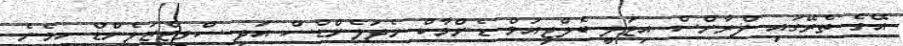
އޭގެ ތެރޭގައި ފްރާންސް އިޓަލީ ބެލްޖިއަމް ޑެންމާކް ނެދަލެންޑްސް އަދި ސްވިޓްޒަލެންޑް ހިމެނެ